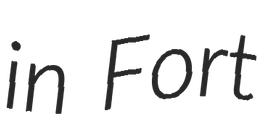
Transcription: in Fort